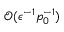
\mathcal { O } ( \epsilon ^ { - 1 } p _ { 0 } ^ { - 1 } )